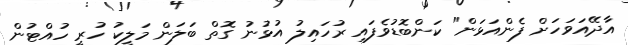
އާދޭއަވަހަށް ފެންއަޅަން" ކަންބޮޑުވެފައި ރުހައިލު އުޅުނު ގޮތް ބަލަން މަލީކު ހުރީ ހުއްޓުން